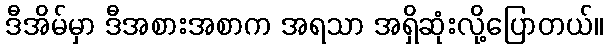
ဒီအိမ်မှာ ဒီအစားအစာက အရသာ အရှိဆုံးလို့ပြောတယ်။